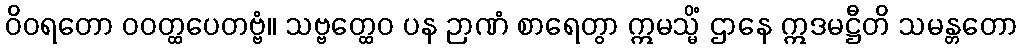
ဝိဝရတော ဝဝတ္ထပေတဗ္ဗံ။ သဗ္ဗတ္ထေဝ ပန ဉာဏံ စာရေတွာ ဣမသ္မိံ ဌာနေ ဣဒမဋ္ဌီတိ သမန္တတော